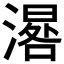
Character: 𣽞